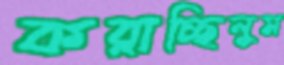
কব্‌লাচ্ছিলুম